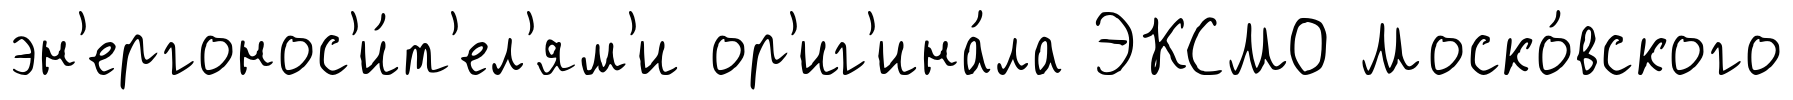
эн'ергонос'и́т'ел'ям'и ор'иг'ина́ла ЭКСМО Моско́вского